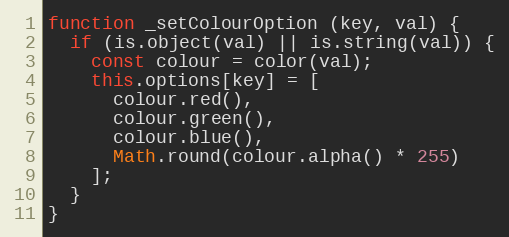
Language: JavaScript
function _setColourOption (key, val) {
  if (is.object(val) || is.string(val)) {
    const colour = color(val);
    this.options[key] = [
      colour.red(),
      colour.green(),
      colour.blue(),
      Math.round(colour.alpha() * 255)
    ];
  }
}